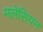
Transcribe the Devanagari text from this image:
मलेसियन